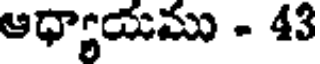
ఆధ్యాయము - 43